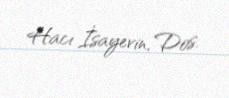
Hacı İsayevin, Dos.